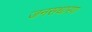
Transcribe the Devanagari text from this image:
जनसधारण